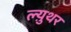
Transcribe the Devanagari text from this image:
ल्य़ुथर